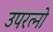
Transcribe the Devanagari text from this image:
उपरत्नो